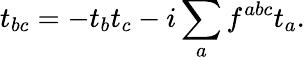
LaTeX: t_{bc}=-t_{b}t_{c}-i\sum_{a}f^{abc}t_{a}.